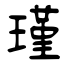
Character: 瑾